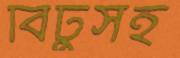
বিটুসহ